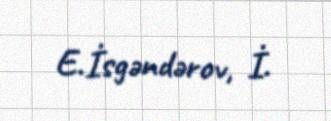
E.İsgəndərov, İ.